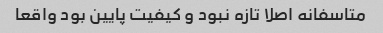
متاسفانه اصلا تازه نبود و کیفیت پایین بود واقعا